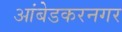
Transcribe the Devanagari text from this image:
आंबेडकरनगर